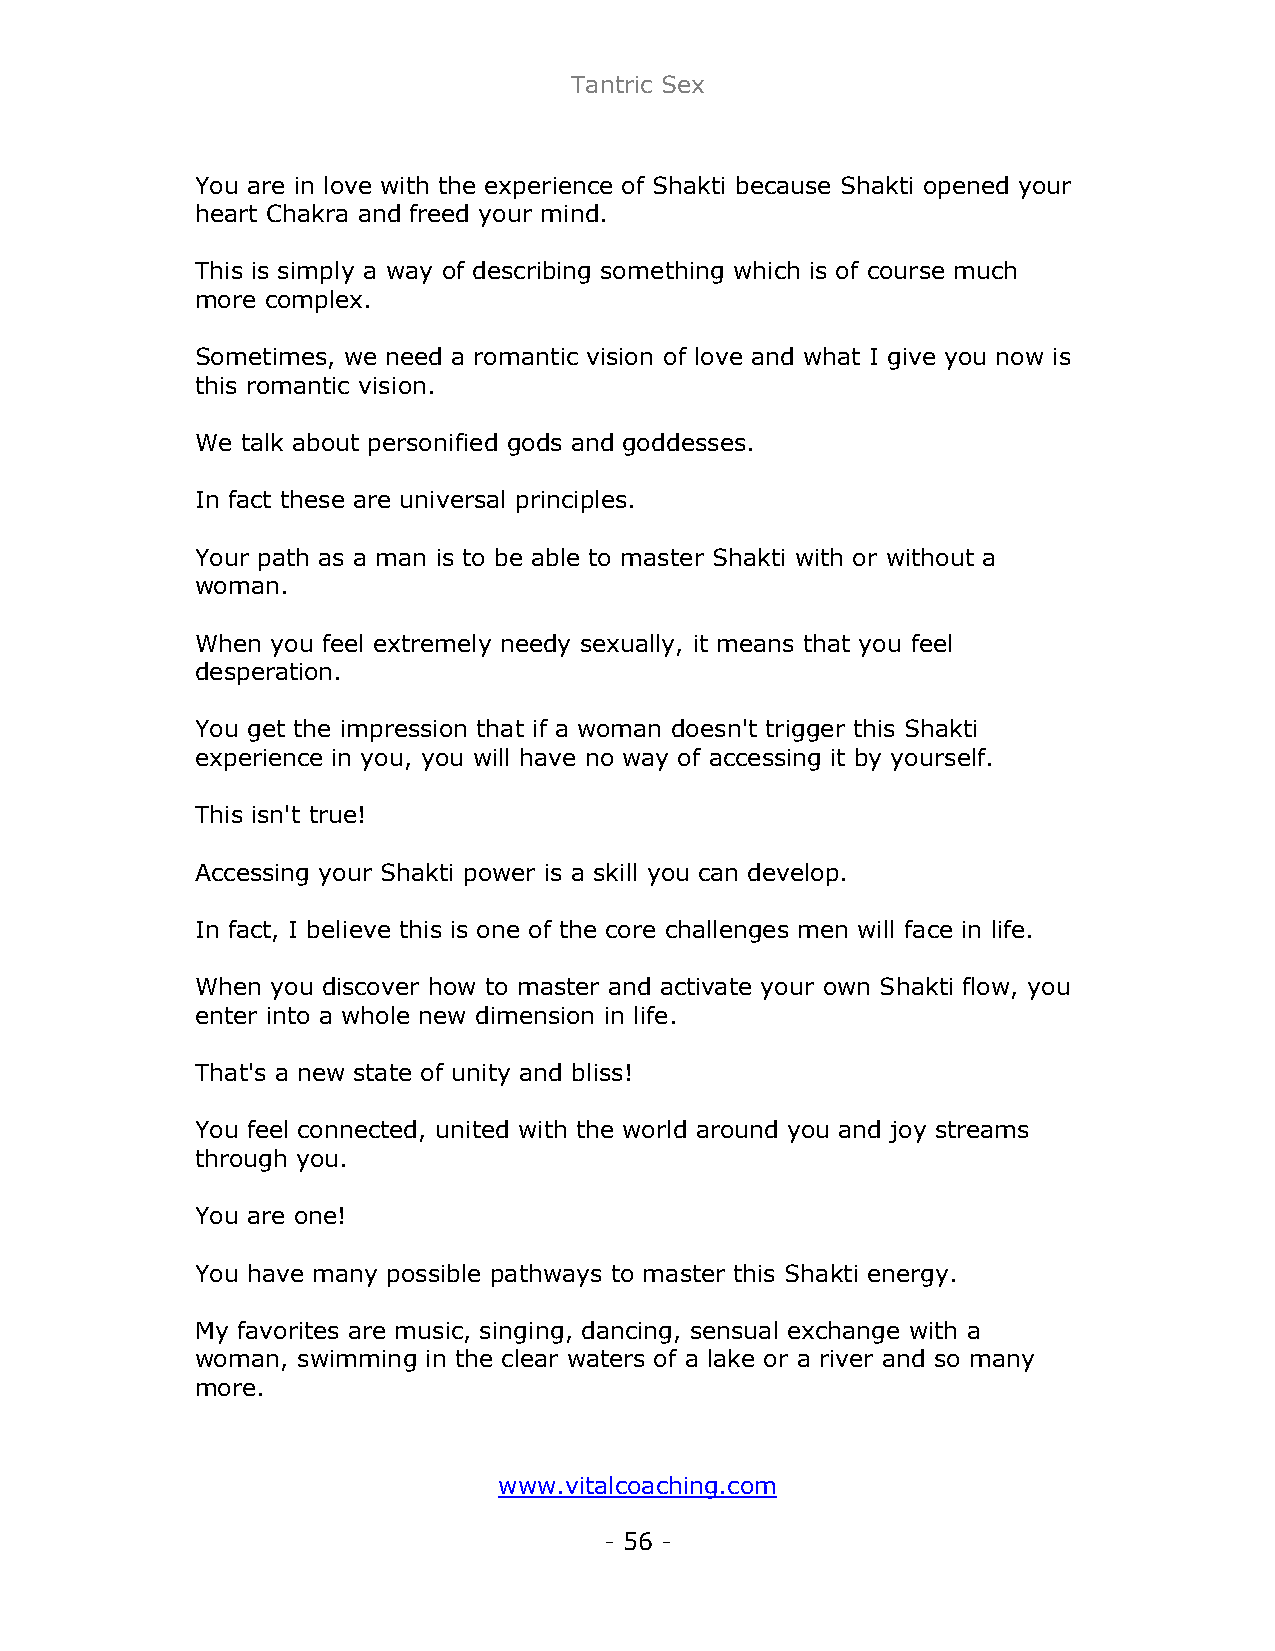
Tantric Sex
 You are in love with the experience of Shakti because Shakti opened your
 heart Chakra and freed your mind.
 This is simply a way of describing something which is of course much
 more complex.
 Sometimes, we need a romantic vision of love and what I give you now is
 this romantic vision.
 We talk about personified gods and goddesses.
 In fact these are universal principles.
 Your path as a man is to be able to master Shakti with or without a
 woman.
 When you feel extremely needy sexually, it means that you feel
 desperation.
 You get the impression that if a woman doesn't trigger this Shakti
 experience in you, you will have no way of accessing it by yourself.
 This isn't true!
 Accessing your Shakti power is a skill you can develop.
 In fact, I believe this is one of the core challenges men will face in life.
 When you discover how to master and activate your own Shakti flow, you
 enter into a whole new dimension in life.
 That's a new state of unity and bliss!
 You feel connected, united with the world around you and joy streams
 through you.
 You are one!
 You have many possible pathways to master this Shakti energy.
 My favorites are music, singing, dancing, sensual exchange with a
 woman, swimming in the clear waters of a lake or a river and so many
 more.
 www.vitalcoaching.com
 - 56 -